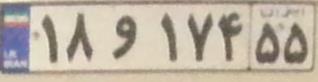
۱۸و۱۷۴۵۵